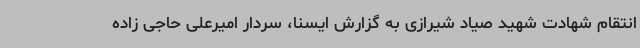
انتقام شهادت شهید صیاد شیرازی به گزارش ایسنا، سردار امیرعلی حاجی زاده